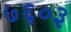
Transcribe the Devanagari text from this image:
७६०३